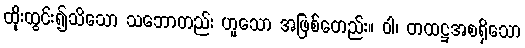
ထိုးထွင်း၍သိသော သဘောတည်း ဟူသော အဖြစ်တေည်း။ ဝါ၊ တထဋ္ဌအစရှိသော